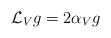
LaTeX: \begin{align*}\mathcal{L}_V g = 2\alpha_V g\end{align*}